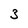
Character: 3